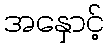
အနှောင့်